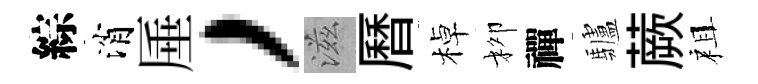
綜消厜，滋曆棹柳禪驢蕨祖